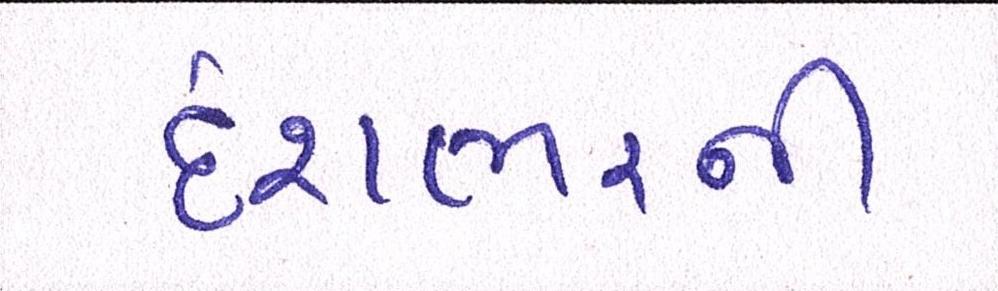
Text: દેશભરની